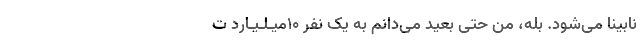
نابینا می‌شود. بله، من حتی بعید می‌دانم به یک نفر ۱۰‌میـلـیـارد ت